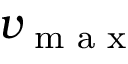
v _ { \textrm { m a x } }